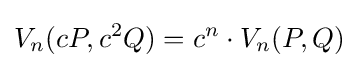
V_{n}(cP,c^{2}Q)=c^{n}\cdot V_{n}(P,Q)